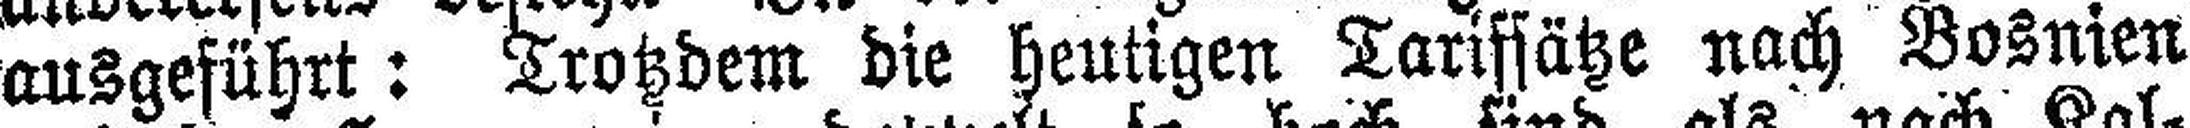
ausgeführt: Trotzdem die heutigen Tarifsätze nach Bosnien